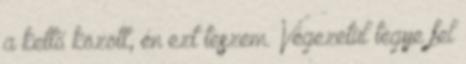
a kettő között, én ezt teszem. Végezetül tegye fel